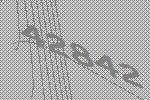
42842